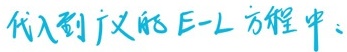
代入到广义的E - L方程中：